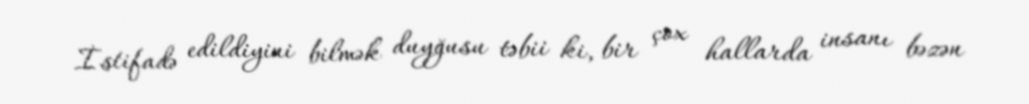
İstifadə edildiyini bilmək duyğusu təbii ki, bir çox hallarda insanı bəzən